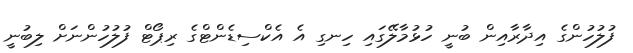
ފުލުހުންގެ އިދާރާއިން ބުނީ ހުޅުމާލޭގައި ހިނގި އެ އެކްސިޑެންޓްގެ ރިޕޯޓް ފުލުހުންނަށް ލިބުނީ